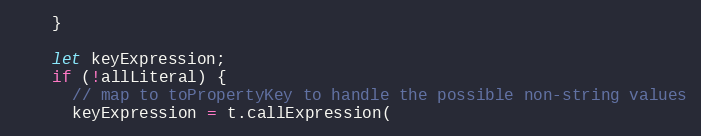
Language: JavaScript
    }

    let keyExpression;
    if (!allLiteral) {
      // map to toPropertyKey to handle the possible non-string values
      keyExpression = t.callExpression(